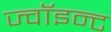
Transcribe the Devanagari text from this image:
ज्वॉइन्ट